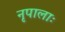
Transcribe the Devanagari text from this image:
नृपालाः